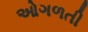
ઓગળતી